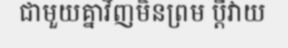
ជាមួយគ្នាវិញមិនព្រម ប្តីវាយ